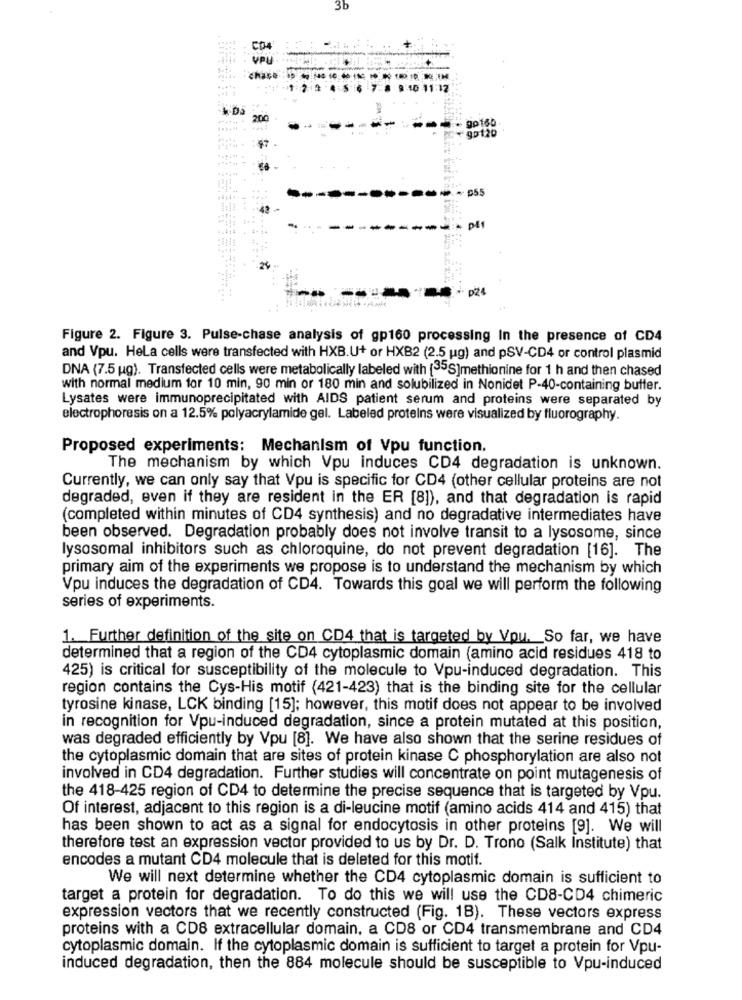
3b
CO4
VPU
Chase:
* Da
gp120
.97
B55
Figure 2. Figure 3. Pulse-chase analysis of gp160 processing In the presence of CD4
and Vpu. Hela cells were transfected with HXB.U+ or HXB2 (2.5 ug) and pSV-CD4 or control plasmid
DNA (7.5 ug). Transfected cells were metabolically labeled with [35S]methionine for 1 h and then chased
with normal medium for 10 min, 90 min or 180 min and solubilized in Nonidet P-40-containing buffer.
Lysates were immunoprecipitated with AIDS patient serum and proteins were separated by
electrophoresis on a 12.5% polyacrylamide gel. Labeled proteins were visualized by fluorography.
Proposed experiments: Mechanism of Vpu function.
The mechanism by which Vpu induces CD4 degradation is unknown.
Currently, we can only say that Vpu is specific for CD4 (other cellular proteins are not
degraded, even if they are resident in the ER [8]), and that degradation is rapid
(completed within minutes of CD4 synthesis) and no degradative intermediates have
been observed. Degradation probably does not involve transit to a lysosome, since
lysosomal inhibitors such as chloroquine, do not prevent degradation [16]. The
primary aim of the experiments we propose is to understand the mechanism by which
Vpu induces the degradation of CD4. Towards this goal we will perform the following
series of experiments.
1. Further definition of the site on CD4 that is targeted by Vou. So far, we have
determined that a region of the CD4 cytoplasmic domain (amino acid residues 418 to
425) is critical for susceptibility of the molecule to Vpu-induced degradation. This
region contains the Cys-His motif (421-423) that is the binding site for the cellular
tyrosine kinase, LCK binding [15]; however, this motif does not appear to be involved
in recognition for Vpu-induced degradation, since a protein mutated at this position,
was degraded efficiently by Vpu [8]. We have also shown that the serine residues of
the cytoplasmic domain that are sites of protein kinase C phosphorylation are also not
involved in CD4 degradation. Further studies will concentrate on point mutagenesis of
the 418-425 region of CD4 to determine the precise sequence that is targeted by Vpu.
Of interest, adjacent to this region is a di-leucine motif (amino acids 414 and 415) that
has been shown to act as a signal for endocytosis in other proteins [9]. We will
therefore test an expression vector provided to us by Dr. D. Trono (Salk Institute) that
encodes a mutant CD4 molecule that is deleted for this motif.
We will next determine whether the CD4 cytoplasmic domain is sufficient to
target a protein for degradation. To do this we will use the CD8-CD4 chimeric
expression vectors that we recently constructed (Fig. 1B). These vectors express
proteins with a CD8 extracellular domain, a CD8 or CD4 transmembrane and CD4
cytoplasmic domain. If the cytoplasmic domain is sufficient to target a protein for Vpu-
induced degradation, then the 884 molecule should be susceptible to Vpu-induced